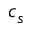
c _ { s }